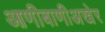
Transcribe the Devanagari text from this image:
आणीबाणीअखेर